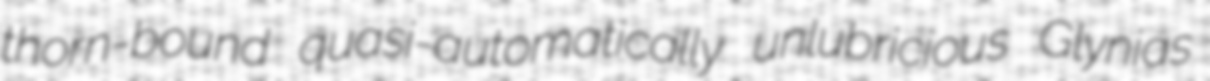
thorn-bound quasi-automatically unlubricious Glynias